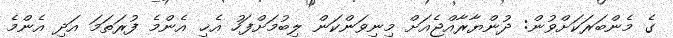
ގެ މެންބަރަކަށްވުން: ދުންޔާރާއްޖެއަށް މިނިވަންކަން ލިބުމަށްފަހު އެޚި އެންމެ ފުރަތަމަ އަދި އެންމެ